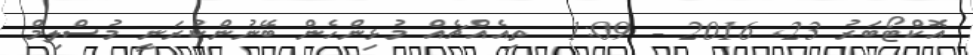
އޮކްޓޯބަރު 23